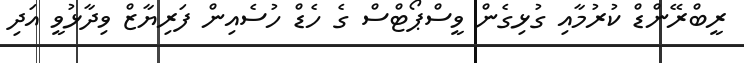
ރީބްރޭންޑް ކުރުމާއި ގުޅިގެން ވީސްޕޯޓްސް ގެ ހެޑް ހުސެއިން ފަރިޔާޒް ވިދާޅުވީ އަދި